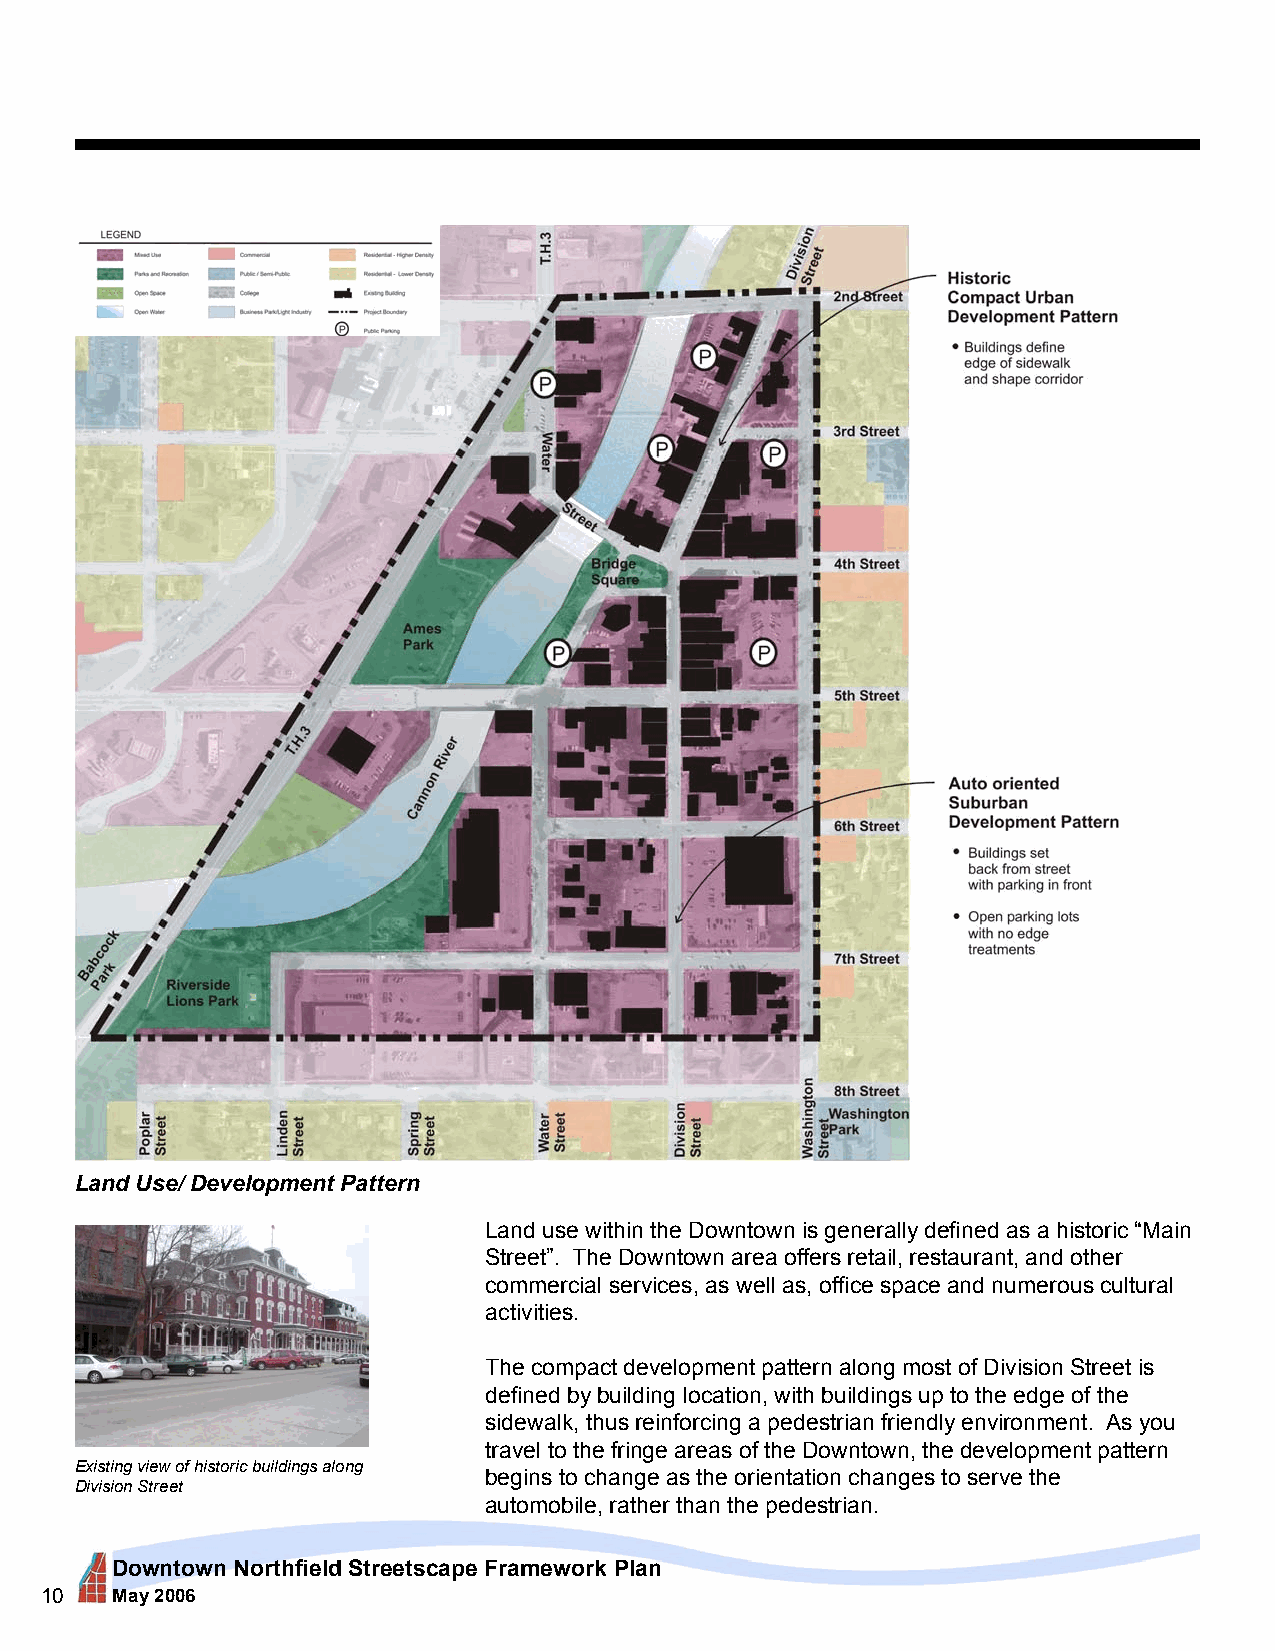
Land Use/ Development Pattern
 Land use within the Downtown is generally defined as a historic “Main
 Street”. The Downtown area offers retail, restaurant, and other
 commercial services, as well as, office space and numerous cultural
 activities.
 The compact development pattern along most of Division Street is
 defined by building location, with buildings up to the edge of the
 sidewalk, thus reinforcing a pedestrian friendly environment. As you
 travel to the fringe areas of the Downtown, the development pattern
 Existing view of historic buildings along
 begins to change as the orientation changes to serve the
 Division Street
 automobile, rather than the pedestrian.
 Downtown Northfield Streetscape Framework Plan
 10  May 2006